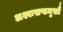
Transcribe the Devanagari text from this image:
अश्वःसप्तमुखौ